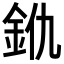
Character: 𨥐